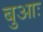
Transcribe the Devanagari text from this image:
बुआः